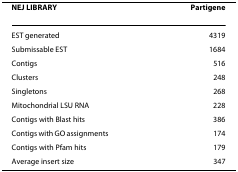
<table><thead><tr><td><b>NEJ LIBRARY</b></td><td><b>Partigene</b></td></tr></thead><tbody><tr><td>EST generated</td><td>4319</td></tr><tr><td>Submissable EST</td><td>1684</td></tr><tr><td>Contigs</td><td>516</td></tr><tr><td>Clusters</td><td>248</td></tr><tr><td>Singletons</td><td>268</td></tr><tr><td>Mitochondrial LSU RNA</td><td>228</td></tr><tr><td>Contigs with Blast hits</td><td>386</td></tr><tr><td>Contigs with GO assignments</td><td>174</td></tr><tr><td>Contigs with Pfam hits</td><td>179</td></tr><tr><td>Average insert size</td><td>347</td></tr></tbody></table>